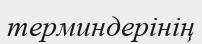
терминдерінің